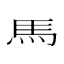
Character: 𱄴